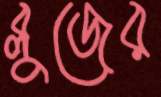
ব্লুজের